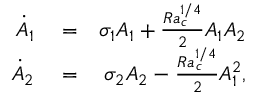
\begin{array} { r l r } { \dot { A } _ { 1 } } & { { } = } & { \sigma _ { 1 } A _ { 1 } + \frac { R a _ { c } ^ { 1 / 4 } } { 2 } A _ { 1 } A _ { 2 } } \\ { \dot { A } _ { 2 } } & { { } = } & { \sigma _ { 2 } A _ { 2 } - \frac { R a _ { c } ^ { 1 / 4 } } { 2 } A _ { 1 } ^ { 2 } , } \end{array}